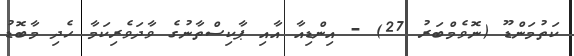
ކަތުމަންޑޫ (ނޮވެމްބަރު 27) - އިންޑިއާ އާއި ޕާކިސްތާނުގެ ވާދަވެރިކަމާ ހެދި މާބޮޑު